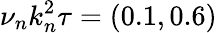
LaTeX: \nu_{n}k_{n}^{2}\tau=(0.1,0.6)